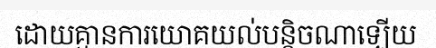
ដោយគ្មានការយោគយល់បន្តិចណាឡើយ